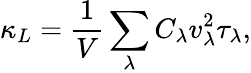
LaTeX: \kappa_{L}=\frac{1}{V}\sum_{\lambda}C_{\lambda}v_{\lambda}^{2}\tau_{\lambda},